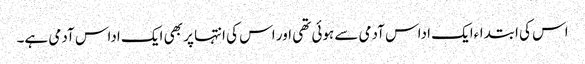
اس کی ابتداءایک اداس آدمی سے ہوئی تھی اور اس کی انتہا پر بھی ایک اداس آدمی ہے۔